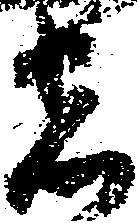
者